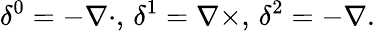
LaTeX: \delta^{0}=-\nabla\cdot,\, \delta^{1}=\nabla\times,\, \delta^{2}=-\nabla.